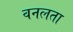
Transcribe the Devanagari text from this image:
वनलता